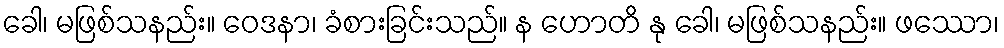
ခေါ၊ မဖြစ်သနည်း။ ဝေဒနာ၊ ခံစားခြင်းသည်။ န ဟောတိ နု ခေါ၊ မဖြစ်သနည်း။ ဖဿော၊